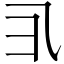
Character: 𱎀